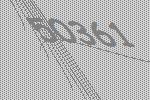
50361